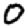
Digit: 0